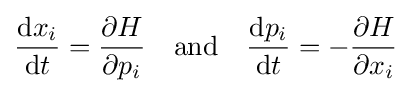
{\frac {{\text{d}}x_{i}}{{\text{d}}t}}={\frac {\partial H}{\partial p_{i}}}\quad {\text{and}}\quad {\dfrac {{\text{d}}p_{i}}{{\text{d}}t}}=-{\dfrac {\partial H}{\partial x_{i}}}